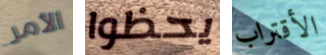
الأمر يحظوا الأقتراب